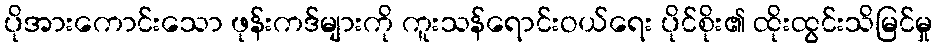
ပိုအားကောင်းသော ဖုန်းကဒ်များကို ကူးသန်ရောင်းဝယ်ရေး ပိုင်စိုး၏ ထိုးထွင်းသိမြင်မှု